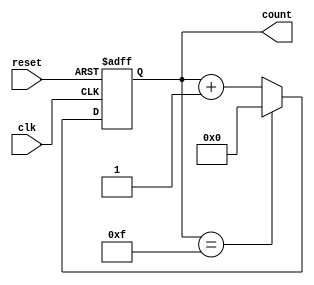
module synchronous_counter (
    input wire clk, // clock input
    input wire reset, // reset input
    output reg [3:0] count // 4-bit count output
);

// Internal signals
reg [3:0] next_count; // Next count value

// Sequential logic for incrementing count on each clock cycle
always @(posedge clk or posedge reset) begin
    if (reset) begin
        count <= 4'b0000; // Reset count value
    end else begin
        count <= next_count; // Update count value
    end
end

// Combinational logic for incrementing count
assign next_count = (count == 4'b1111) ? 4'b0000 : count + 1;

endmodule